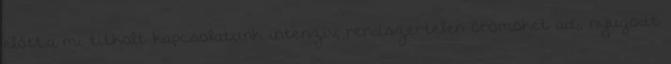
előtt.a mi titkolt kapcsolatunk intenzív, rendszertelen örömöket ad;, nyugodt